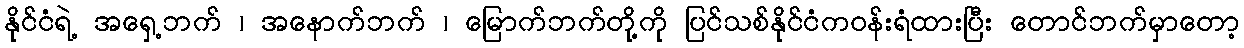
နိုင်ငံရဲ့ အရှေ့ဘက် ၊ အနောက်ဘက် ၊ မြောက်ဘက်တို့ကို ပြင်သစ်နိုင်ငံကဝန်းရံထားပြီး တောင်ဘက်မှာတော့